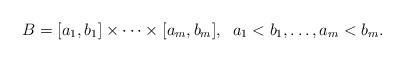
LaTeX: \begin{align*}B=[a_1,b_1]\times \cdots\times [a_m,b_m],\;\;a_1<b_1,\dotsc, a_m<b_m.\end{align*}